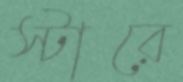
স্টারে